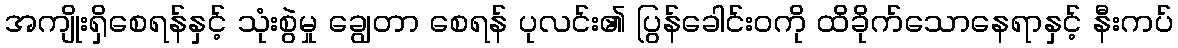
အကျိုးရှိစေရန်နှင့် သုံးစွဲမှု ချွေတာ စေရန် ပုလင်း၏ ပြွန်ခေါင်းဝကို ထိခိုက်သောနေရာနှင့် နီးကပ်